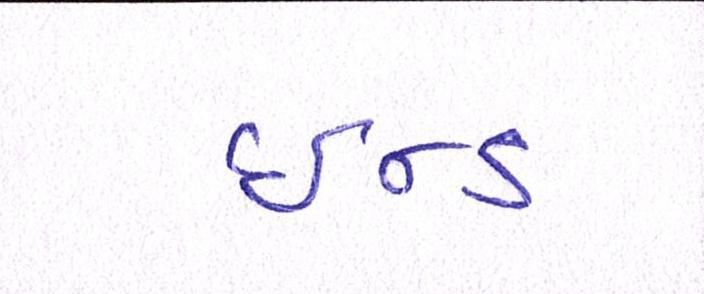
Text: ઇન્ડ